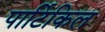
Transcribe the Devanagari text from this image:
पार्टिकिल